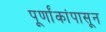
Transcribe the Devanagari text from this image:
पूर्णांकांपासून